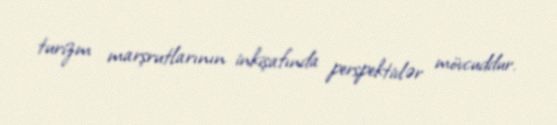
turizm marşrutlarının inkişafında perspektivlər mövcuddur.